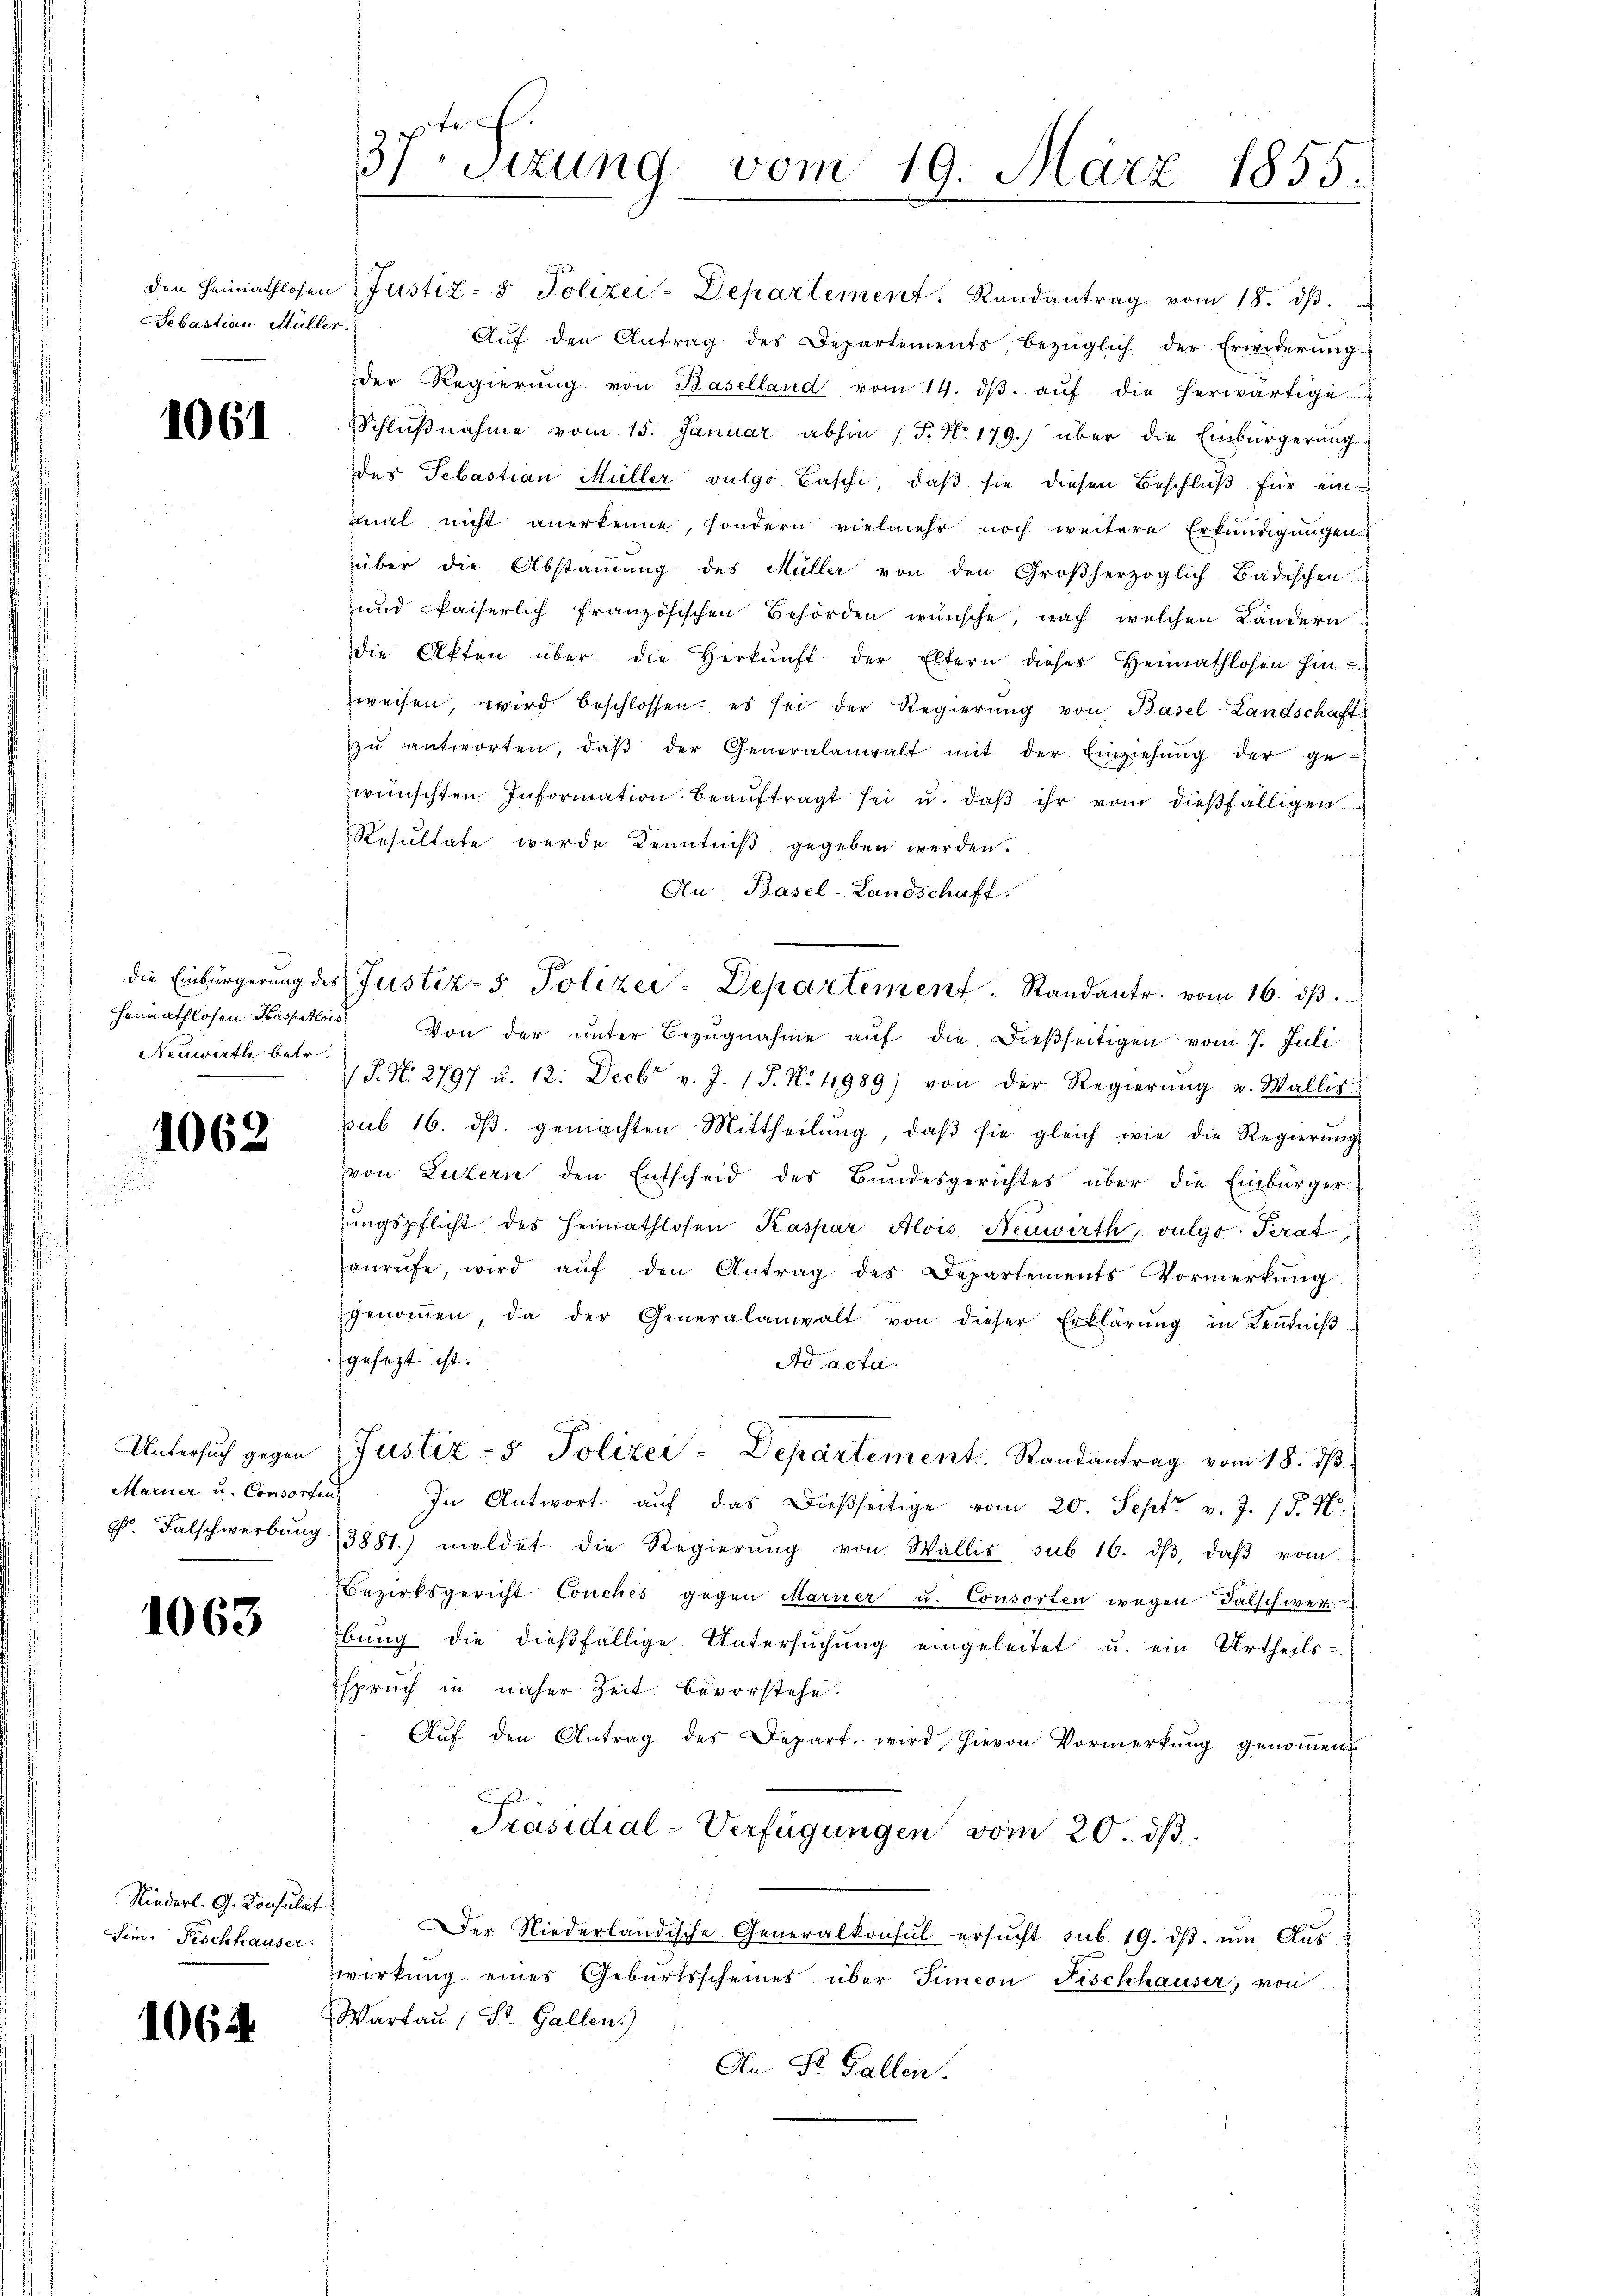
Sebastian Müller.

1061

Neuwirth betr.

1062

1063

Niederl. G. Consulat
Sin. Fischhauser.

1064.

den Heimathlosen Justiz- & Polizei-Departement. Randantrag vom 18. dβ.
Aŭf den Antrag des Departements, bezüglich der Erwiderŭng
der Regierŭng von Baselland vom 14. dβ aŭf die herwärtige
Schlußnahme vom 15. Januar abhin (T. No. 179.) über die Einbürgerung
des Sebastian Müller vulgo Baschi, daß sie diesen Beschluß für ein-
mal nicht anerkenne, sondern vielmehr noch weitere Erkundigungen
über die Abstammung des Müller von den Großherzoglich-Badischen.
und kaiserlich französischen Behörden wünsche, nach welchen Ländern
die Akten über die Herkŭnft der Eltern dieses Heimathlosen hin-
weisen, wird beschlossen: es sei der Regierŭng von Basel-Landschaft
zŭ antworten, daβ der Generalanwalt mit der Einziehŭng der ge-
wünschten Information beaŭftragt sei u. daβ ihr von dieβfälligen
Resultate wurde Kenntniß gegeben werden.
Au Basel-Landschaft.
die Einbürgerŭng des Justiz- & Polizei-Departement. Randantr. vom 16. dβ.
Heimathlosen Kaspalais. Von der ŭnter Bezŭgnahme aŭf die dießseitigen vom 7. Juli
/T. N. 2797 u. 12. Decbr v. J. 17. No. 4989) von der Regierŭng v. Wallis
sub 16. dβ. gemachten Mittheilŭng, daβ sie gleich wie die Regierŭng
von Luzern den Entscheid des Bundesgerichtes über die Einbürgerŭngspflicht des Heimathlosen Kaspar Alois Neuwirth, vulgo Perat
anrufe, wird aŭf den Antrag des Departements Vormerkung
genoṁen, da der Generalanwalt von dieser Erklärŭng in Keṅtniβ-
gesezt ist.
Ad acta.
Untersŭch gegen Justiz- & Polizei-Departement Randantrag vom 18. dβ
Marner u. Consorten. In Antwort auf das Dießseitige vom 20. Sept. v. J. 15. N.
Fr Falschwerbŭng 3881) meldet die Regierŭng von Wallis, sub 16. dβ, daβ vom
Bezirksgericht Conches gegen Marner u. Consorten wegen Falschwer
bŭng die dießfällige Untersŭchŭng eingeleitet u. ein Urtheils-
spruch in näher Zeit bevorstehe.
Aŭf den Antrag des Depart. wird hievon Vormerkŭng genoṁen
Präsidial-Verfügungen vom 20. ds.
Der Niederländische Generalkonsul ersŭcht sub 19. dβ ŭm Aŭs
wirkung eines Geburtsscheines über Simeon Fischhauser, von
Wartau (St. Gallen.)
An St. Gallen.

37Sizung vom 19. März 1855.